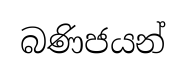
බණිජයන්